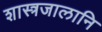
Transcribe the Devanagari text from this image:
शास्त्रजालानि